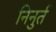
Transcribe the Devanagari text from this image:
निनुर्त